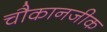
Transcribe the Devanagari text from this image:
चौकानजीक